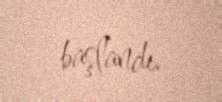
başlandı.